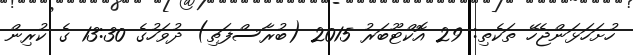
ހުށަހަޅަންޖެހޭ ތަކެތި: 29 އޮކްޓޫބަރު 2015 (ބުރާސްފަތި) ދުވަހުގެ 13:30 ގެ ކުރިން